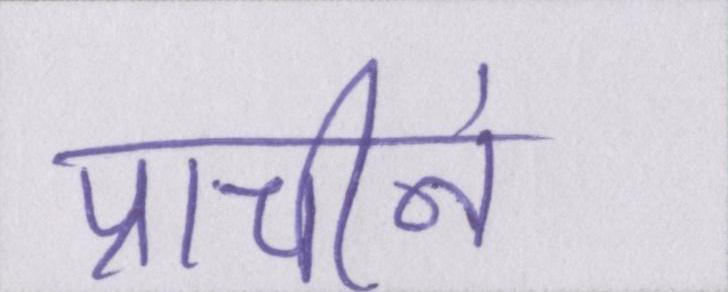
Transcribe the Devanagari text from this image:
प्राचीनं